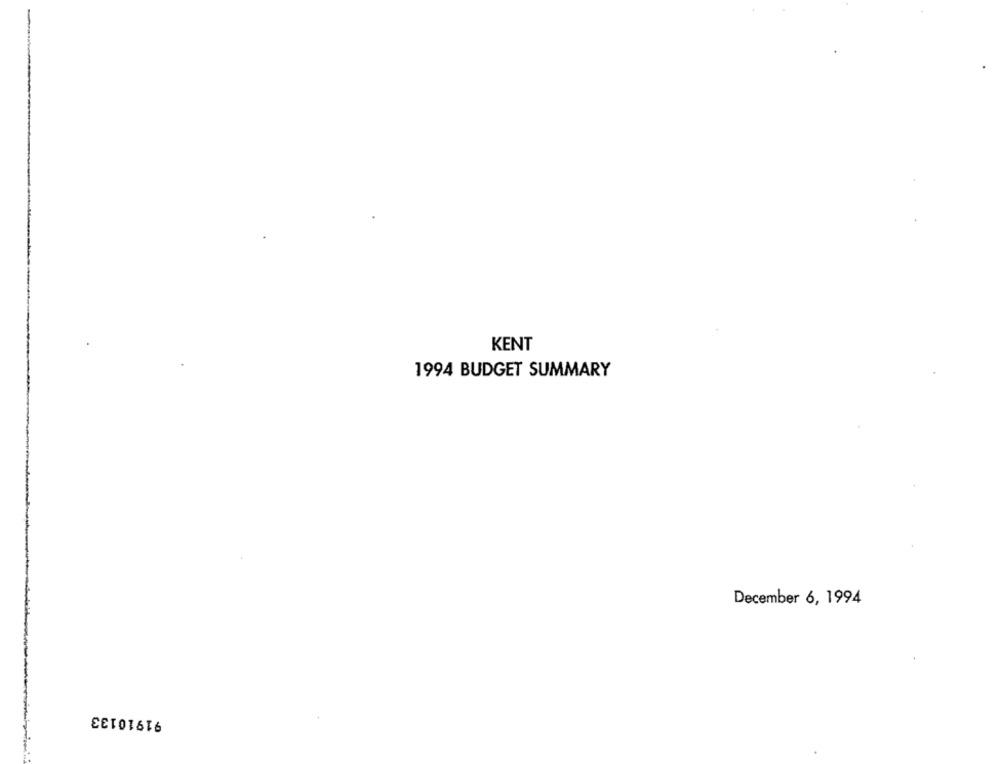
KENT
1994 BUDGET SUMMARY
December 6, 1994
91910133